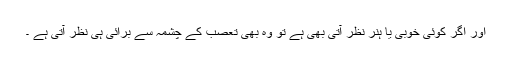
اور اگر کوئی خوبی یا ہنر نظر آتی بھی ہے تو وہ بھی تعصب کے چشمہ سے برائی ہی نظر آتی ہے ۔